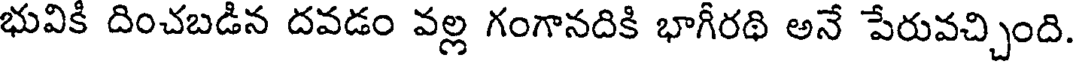
భువికి దించబడిన దవడం వల్ల గంగానదికి భాగీరథి అనే పేరువచ్చింది.